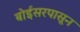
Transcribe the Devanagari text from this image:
बोईसरपासून